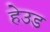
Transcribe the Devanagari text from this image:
हेउड